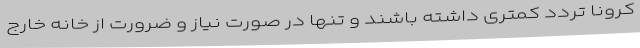
کرونا تردد کمتری داشته باشند و تنها در صورت نیاز و ضرورت از خانه خارج